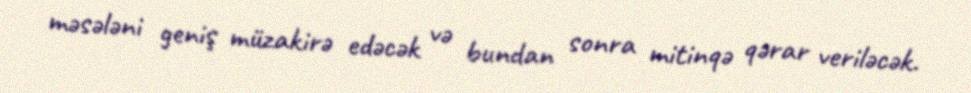
məsələni geniş müzakirə edəcək və bundan sonra mitinqə qərar veriləcək.